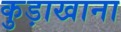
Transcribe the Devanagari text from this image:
कुड़ाखाना